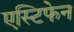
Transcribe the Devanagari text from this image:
एस्टिफेन